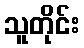
သူတိုင်း